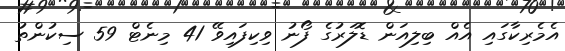
އެމެރިކާގައި އެއް ބިލިއަން ޑޮލަރުގެ ފޯނު ވިކިފައިވޭ 41 މިނެޓް 59 ސިކުންތު